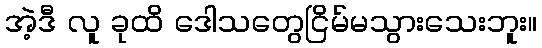
အဲ့ဒီ လူ ခုထိ ဒေါသတွေငြိမ်မသွားသေးဘူး။